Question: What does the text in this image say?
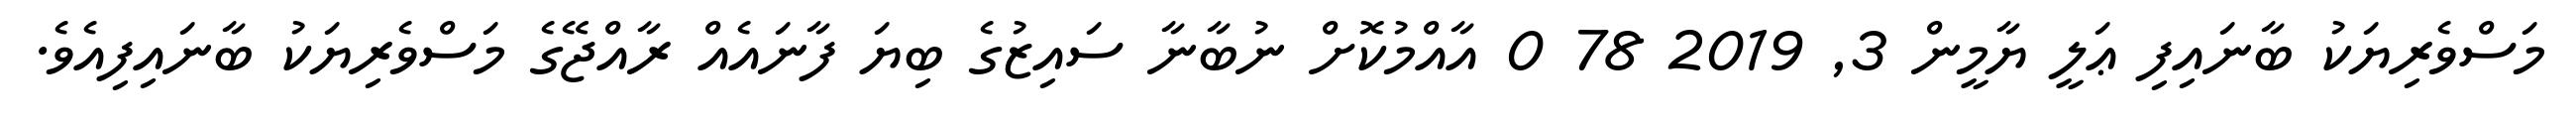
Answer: މަސްވެރިޔަކު ބާނައިފި ޢަލީ ޔާމީން 3, 2019 78 0 އާއްމުކޮށް ނުބާނާ ސައިޒުގެ ބިޔަ ފާނައެއް ރާއްޖޭގެ މަސްވެރިޔަކު ބާނައިފިއެވެ.